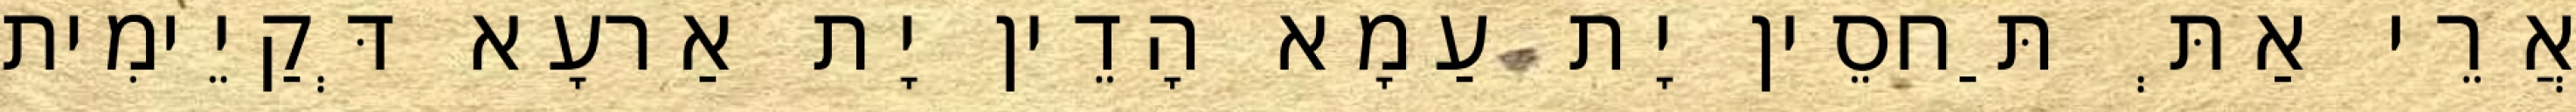
אֲרֵי אַתְּ תַּחסֵין יָת עַמָא הָדֵין יָת אַרעָא דְּקַיֵימִית